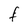
Character: F